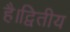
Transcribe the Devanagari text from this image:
है।द्वितीय